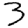
Digit: 3